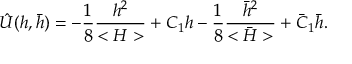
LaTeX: \hat { U } ( h , \bar { h } ) = - { \frac { 1 } { 8 } } { \frac { h ^ { 2 } } { < H > } } + C _ { 1 } h - { \frac { 1 } { 8 } } { \frac { \bar { h } ^ { 2 } } { < \bar { H } > } } + \bar { C } _ { 1 } \bar { h } .